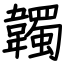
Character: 韣